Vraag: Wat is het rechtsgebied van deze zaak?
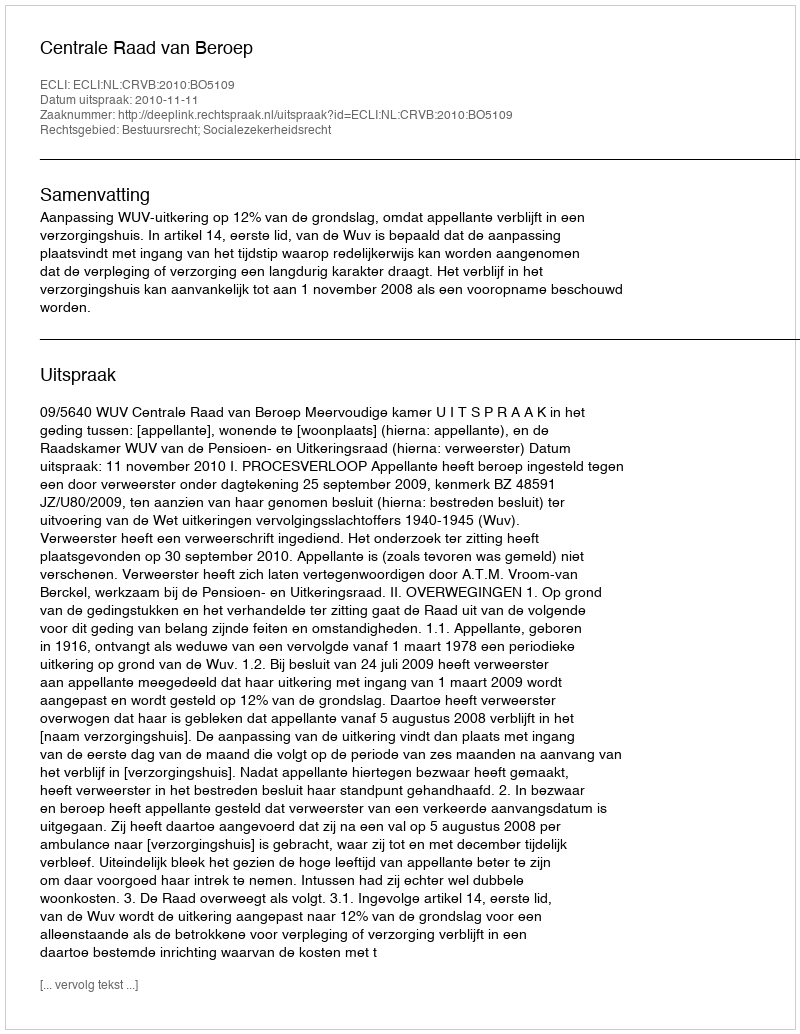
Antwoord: Bestuursrecht; Socialezekerheidsrecht